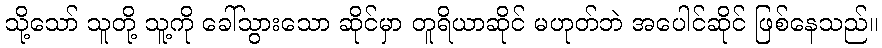
သို့သော် သူတို့ သူ့ကို ခေါ်သွားသော ဆိုင်မှာ တူရိယာဆိုင် မဟုတ်ဘဲ အပေါင်ဆိုင် ဖြစ်နေသည်။